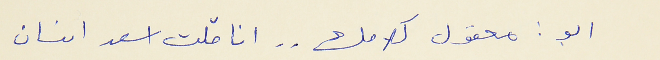
ابو : معقول كلامك . . انا قلت اسعد انسان